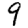
Digit: 9